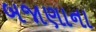
બજાણાના